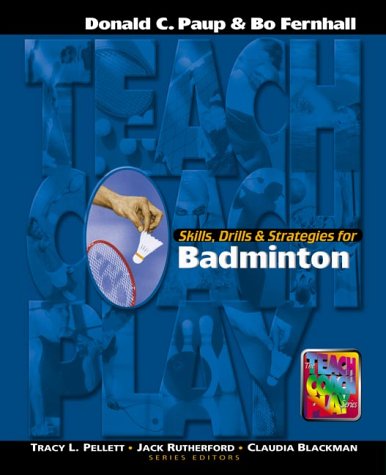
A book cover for Skills, Drills and Strategies for Badminton (The Teach, Coach, Play Series); Donald C. Paup; Sports & Outdoors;